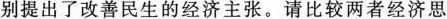
别提出了改善民生的经济主张。请比较两者经济思